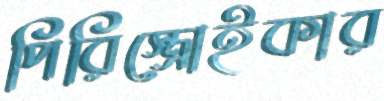
পিরিস্ত্রোইকার